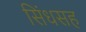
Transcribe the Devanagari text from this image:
सिंधसह